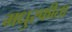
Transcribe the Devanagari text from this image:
मधुस्फीता